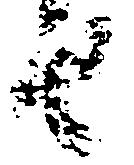
由